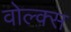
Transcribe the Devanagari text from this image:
वोल्क्स